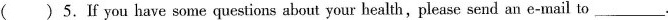
( )5.If you have some questions about your health,please send an e-mail to___.